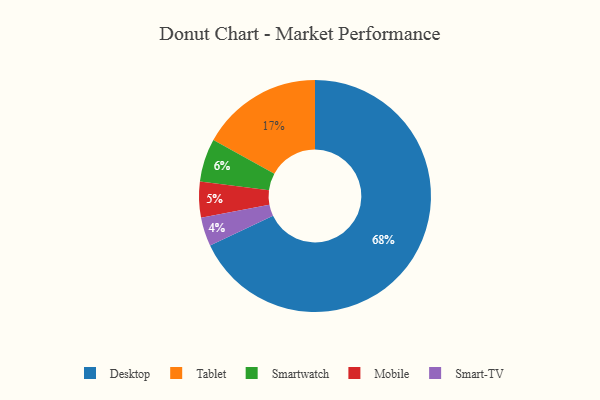
{"axis": {"x": "Category", "y": "Percentage"}, "legend": ["Desktop", "Mobile", "Smart-TV", "Smartwatch", "Tablet"], "data": [{"x": "Mobile", "y": 5, "type": "Mobile"}, {"x": "Smart-TV", "y": 4, "type": "Smart-TV"}, {"x": "Tablet", "y": 17, "type": "Tablet"}, {"x": "Smartwatch", "y": 6, "type": "Smartwatch"}, {"x": "Desktop", "y": 68, "type": "Desktop"}]}